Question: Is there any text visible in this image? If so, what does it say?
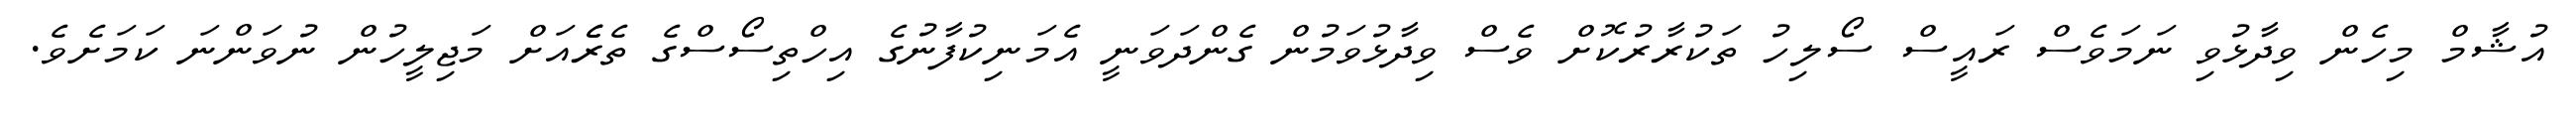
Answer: އުޝާމް މިހެން ވިދާޅުވި ނަމަވެސް ރައީސް ސޯލިހު ތަކުރާރުކޮށް ވެސް ވިދާޅުވަމުން ގެންދަވަނީ އެމަނިކުފާނުގެ އިހްތިސޯސްގެ ތެރެެއަށް މަޖިލީހުން ނުވަންނަ ކަމަށެވެ.